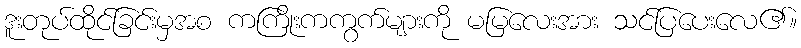
ဒူးတုပ်ထိုင်ခြင်းမှအစ ကကြိုးကကွက်များကို မမြလေးအား သင်ပြပေးလေ၏။